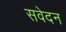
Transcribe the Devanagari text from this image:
सवेदन